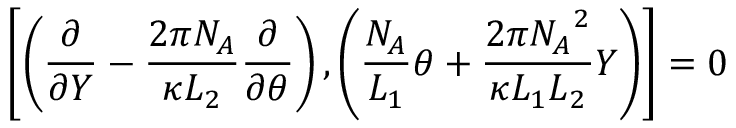
\left[ \left( \frac { \partial } { \partial Y } - \frac { 2 \pi N _ { A } } { \kappa L _ { 2 } } \frac { \partial } { \partial \theta } \right) , \left( \frac { N _ { A } } { L _ { 1 } } \theta + \frac { 2 \pi { N _ { A } } ^ { 2 } } { \kappa L _ { 1 } L _ { 2 } } Y \right) \right] = 0